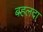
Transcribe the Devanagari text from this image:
बहलदा